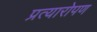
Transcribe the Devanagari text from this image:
प्रत्‍यारोपण